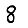
Digit: 8